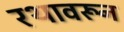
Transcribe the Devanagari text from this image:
रथावरून